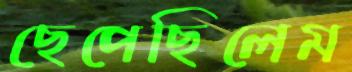
ছেপেছিলেম